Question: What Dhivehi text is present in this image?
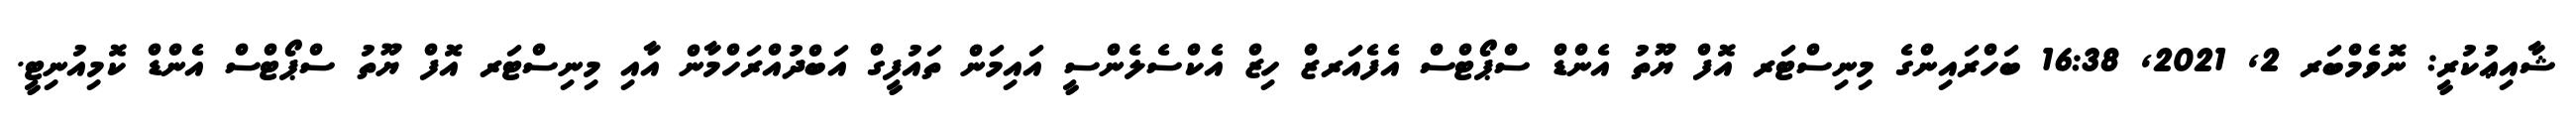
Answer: ޝާއިޢުކުރީ: ނޮވެމްބަރ 2, 2021, 16:38 ބަހްރައިންގެ މިނިސްޓަރ އޮފް ޔޫތު އެންޑް ސްޕޯޓްސް އެފެއަރޒް ހިޒް އެކްސެލެންސީ އައިމަން ތައުފީގް އަބްދުއްރަހްމާން އާއި މިނިސްޓަރ އޮފް ޔޫތު ސްޕޯޓްސް އެންޑް ކޮމިއުނިޓީ.